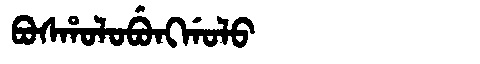
Manchu: ᠪᠣᠰᡥᠣᠯᠣᠪᡠᠩᡤᠣᠯᠣ
Romanization: BOSHOLOBUNGGOLO